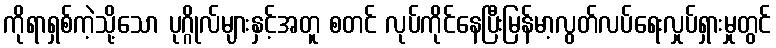
ကိုရာရှစ်ကဲ့သို့သော ပုဂ္ဂိုလ်များနှင့်အတူ စတင် လုပ်ကိုင်နေပြီးမြန်မာ့လွတ်လပ်ရေးလှုပ်ရှားမှုတွင်